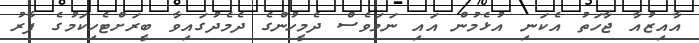
އާއިޒުއާ ޖާހަތު އެކަނި އުޅެމުން އައި ނަމަވެސް ދެމީހުންގެ ދެމެދުގައިވާ ބީރަށްޓެހިކަމުގެ ފާރު